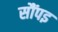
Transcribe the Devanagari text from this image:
सौंपइ